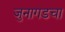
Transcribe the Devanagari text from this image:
जुनागडचा